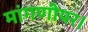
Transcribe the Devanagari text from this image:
मांगणीयर।